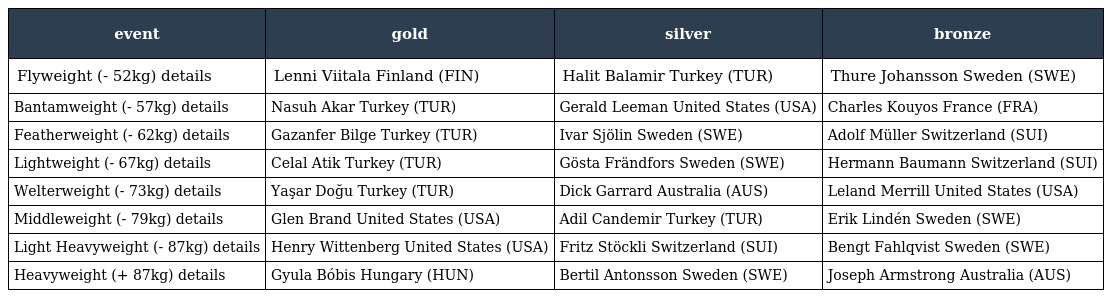
| event | gold | silver | bronze |
 | --- | --- | --- | --- |
 | Flyweight (- 52kg) details | Lenni Viitala Finland (FIN) | Halit Balamir Turkey (TUR) | Thure Johansson Sweden (SWE) |
 | Bantamweight (- 57kg) details | Nasuh Akar Turkey (TUR) | Gerald Leeman United States (USA) | Charles Kouyos France (FRA) |
 | Featherweight (- 62kg) details | Gazanfer Bilge Turkey (TUR) | Ivar Sjölin Sweden (SWE) | Adolf Müller Switzerland (SUI) |
 | Lightweight (- 67kg) details | Celal Atik Turkey (TUR) | Gösta Frändfors Sweden (SWE) | Hermann Baumann Switzerland (SUI) |
 | Welterweight (- 73kg) details | Yaşar Doğu Turkey (TUR) | Dick Garrard Australia (AUS) | Leland Merrill United States (USA) |
 | Middleweight (- 79kg) details | Glen Brand United States (USA) | Adil Candemir Turkey (TUR) | Erik Lindén Sweden (SWE) |
 | Light Heavyweight (- 87kg) details | Henry Wittenberg United States (USA) | Fritz Stöckli Switzerland (SUI) | Bengt Fahlqvist Sweden (SWE) |
 | Heavyweight (+ 87kg) details | Gyula Bóbis Hungary (HUN) | Bertil Antonsson Sweden (SWE) | Joseph Armstrong Australia (AUS) |